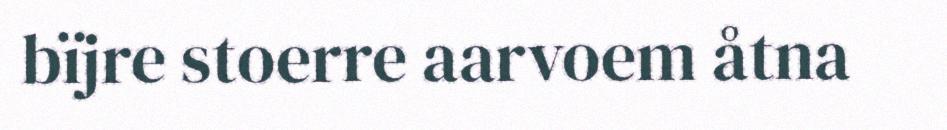
bïjre stoerre aarvoem åtna